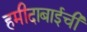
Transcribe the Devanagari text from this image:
हमीदाबाईची